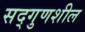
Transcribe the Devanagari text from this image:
सद्गुणशील